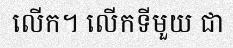
លើក។ លើកទីមួយ ជា